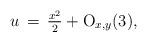
\begin{align*}u\,=\,\tfrac{x^2}{2} + {\rm O}_{x,y}(3),\end{align*}